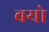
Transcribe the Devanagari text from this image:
बयो